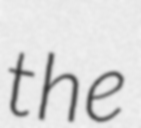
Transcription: the